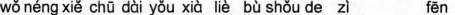
wǒ néng xiě chū dài yǒu xià liè bù shǒu de zì fēn